Madras plague regulations and rules for district municipalities and other towns and villages
Disease focus: Plague
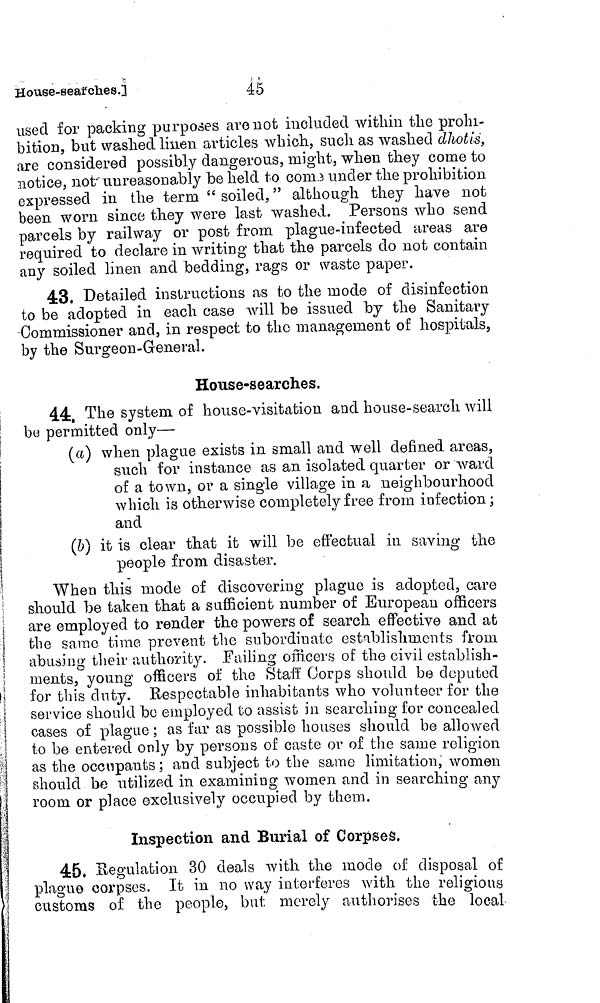
45
House-seafch.es.]
used for packing purposes ave not included within the prohi-
bition, but washed linen articles which, such as washed dhotis,
are considered possibly dangerous, might, when they come to
notice, not' unreasonably beheld to come under the prohibition
expressed in the term " soiled, " although they have not
been worn since they were last washed. Persons who send
parcels by railway or post from plague-infected areas are
required to declare in writing that the parcels do not contain
any soiled linen and bedding, rags or waste paper.
43. Detailed instructions as to the mode of disinfection
to be adopted in each case will be issued by the Sanitary
Commissioner and, in respect to the management of hospitals,
by the Surgeon-General.
House-searches.
44, The system of house-visitation and house-search will
! be permitted only—
I
(a) when plague exists in small and well defined areas,
such for instance as an isolated quarter or ward
!
of a town, or a single village in a neighbourhood
j
which is otherwise completely free from infection;
and
j
(b) it is clear that it will be effectual in saving the
people from disaster.
When this mode of discovering plague is adopted, care
should be taken that a sufficient number of European officers
are employed to render the powers of search effective and at
the same time prevent the subordinate establishments from
abusing their authority. Failing officers of the civil establish-
ments, young officers of the Staff Corps should be deputed
for this duty. Respectable inhabitants who volunteer for the
service should be employed to assist in searching for concealed
cases of plague ; as fur as possible houses should be allowed
to be entered only by persons of caste or of the same religion
as the occupants; and subject to the same limitation, women
should be utilized in examining women and in searching any
I room or place exclusively occupied by them.
Inspection and Burial of Corpses.
45, Regulation 30 deals with the mode of disposal of
plague corpses. It in no way interferes with the religions
customs of the people, but merely authorises the local